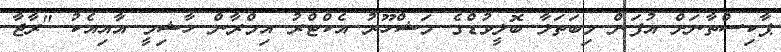
ޕާކިސްތާނަށް އުފަން މިބަތަލާ ބޮލީވުޑްގެ މަޝްހޫރު އެކްޓްރު އިމްރާން ހާޝިމީ އާއިއެކު "ރާޖާ